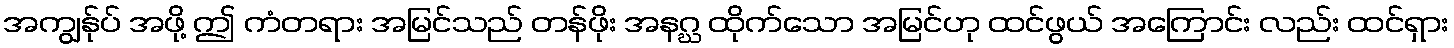
အကျွန်ုပ် အဖို့ ဤ ကံတရား အမြင်သည် တန်ဖိုး အနဂ္ဃ ထိုက်သော အမြင်ဟု ထင်ဖွယ် အကြောင်း လည်း ထင်ရှား